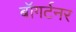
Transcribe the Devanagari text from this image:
बॉगर्टनर